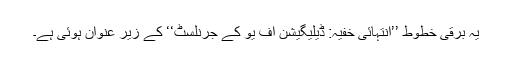
یہ برقی خطوط ’’انتہائی خفیہ: ڈیلیگیشن آف یو کے جرنلسٹ‘‘ کے زیر عنوان ہوئی ہے۔